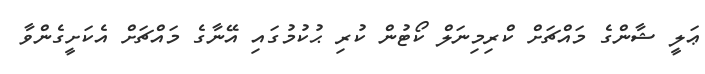
ޢަލީ ޝާންގެ މައްޗަށް ކްރިމިނަލް ކޯޓުން ކުރި ޙުކުމުގައި އޭނާގެ މައްޗަށް އެކަށީގެންވާ